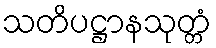
သတိပဋ္ဌာနသုတ္တံ